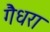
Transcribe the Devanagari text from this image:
गैधरा